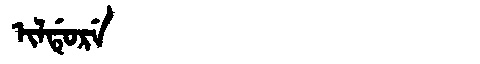
Manchu: ᡳᠯᡩᡠᡵᡝ
Romanization: ILDURE